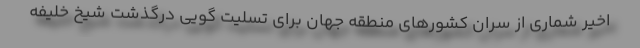
اخیر شماری از سران کشورهای منطقه جهان برای تسلیت گویی درگذشت شیخ خلیفه